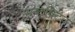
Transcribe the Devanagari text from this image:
सब्ट्रेक्टिव